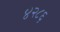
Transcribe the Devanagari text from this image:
४२८६